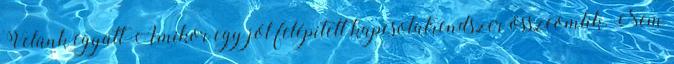
Velünk együtt Amikor egy jól felépített kapcsolatrendszer összeomlik. Nem